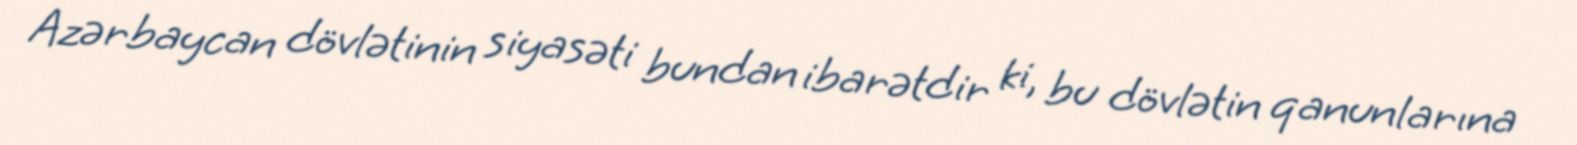
Azərbaycan dövlətinin siyasəti bundan ibarətdir ki, bu dövlətin qanunlarına